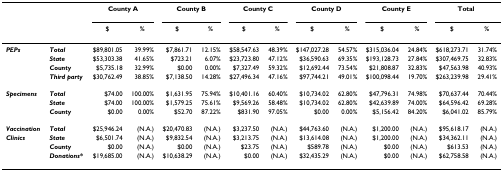
<table><thead><tr><td></td><td></td><td colspan="2"><b>County A</b></td><td colspan="2"><b>County B</b></td><td colspan="2"><b>County C</b></td><td colspan="2"><b>County D</b></td><td colspan="2"><b>County E</b></td><td colspan="2"><b>Total</b></td></tr><tr><td></td><td></td><td><b>$</b></td><td><b>%</b></td><td><b>$</b></td><td><b>%</b></td><td><b>$</b></td><td><b>%</b></td><td><b>$</b></td><td><b>%</b></td><td><b>$</b></td><td><b>%</b></td><td><b>$</b></td><td><b>%</b></td></tr></thead><tbody><tr><td><b><i>PEPs</i></b></td><td><b><i>Total</i></b></td><td>$89,801.05</td><td>39.99%</td><td>$7,861.71</td><td>12.15%</td><td>$58,547.63</td><td>48.39%</td><td>$147,027.28</td><td>54.57%</td><td>$315,036.04</td><td>24.84%</td><td>$618,273.71</td><td>31.74%</td></tr><tr><td></td><td><b><i>State</i></b></td><td>$53,303.38</td><td>41.65%</td><td>$723.21</td><td>6.07%</td><td>$23,723.80</td><td>47.12%</td><td>$36,590.63</td><td>69.35%</td><td>$193,128.73</td><td>27.84%</td><td>$307,469.75</td><td>32.83%</td></tr><tr><td></td><td><b><i>County</i></b></td><td>$5,735.18</td><td>32.99%</td><td>$0.00</td><td>0.00%</td><td>$7,327.49</td><td>59.32%</td><td>$12,692.44</td><td>73.54%</td><td>$21,808.87</td><td>32.83%</td><td>$47,563.98</td><td>40.93%</td></tr><tr><td></td><td><b><i>Third party</i></b></td><td>$30,762.49</td><td>38.85%</td><td>$7,138.50</td><td>14.28%</td><td>$27,496.34</td><td>47.16%</td><td>$97,744.21</td><td>49.01%</td><td>$100,098.44</td><td>19.70%</td><td>$263,239.98</td><td>29.41%</td></tr><tr><td><b><i>Specimens</i></b></td><td><b><i>Total</i></b></td><td>$74.00</td><td>100.00%</td><td>$1,631.95</td><td>75.94%</td><td>$10,401.16</td><td>60.40%</td><td>$10,734.02</td><td>62.80%</td><td>$47,796.31</td><td>74.98%</td><td>$70,637.44</td><td>70.44%</td></tr><tr><td></td><td><b><i>State</i></b></td><td>$74.00</td><td>100.00%</td><td>$1,579.25</td><td>75.61%</td><td>$9,569.26</td><td>58.48%</td><td>$10,734.02</td><td>62.80%</td><td>$42,639.89</td><td>74.00%</td><td>$64,596.42</td><td>69.28%</td></tr><tr><td></td><td><b><i>County</i></b></td><td>$0.00</td><td>0.00%</td><td>$52.70</td><td>87.22%</td><td>$831.90</td><td>97.05%</td><td>$0.00</td><td>0.00%</td><td>$5,156.42</td><td>84.20%</td><td>$6,041.02</td><td>85.79%</td></tr><tr><td><b><i>Vaccination</i></b></td><td><b><i>Total</i></b></td><td>$25,946.24</td><td>(N.A.)</td><td>$20,470.83</td><td>(N.A.)</td><td>$3,237.50</td><td>(N.A.)</td><td>$44,763.60</td><td>(N.A.)</td><td>$1,200.00</td><td>(N.A.)</td><td>$95,618.17</td><td>(N.A.)</td></tr><tr><td><b><i>Clinics</i></b></td><td><b><i>State</i></b></td><td>$6,501.74</td><td>(N.A.)</td><td>$9,832.54</td><td>(N.A.)</td><td>$3,213.75</td><td>(N.A.)</td><td>$13,614.08</td><td>(N.A.)</td><td>$1,200.00</td><td>(N.A.)</td><td>$34,362.11</td><td>(N.A.)</td></tr><tr><td></td><td><b><i>County</i></b></td><td>$0.00</td><td>(N.A.)</td><td>$0.00</td><td>(N.A.)</td><td>$23.75</td><td>(N.A.)</td><td>$589.78</td><td>(N.A.)</td><td>$0.00</td><td>(N.A.)</td><td>$613.53</td><td>(N.A.)</td></tr><tr><td></td><td><b><i>Donations*</i></b></td><td>$19,685.00</td><td>(N.A.)</td><td>$10,638.29</td><td>(N.A.)</td><td>$0.00</td><td>(N.A.)</td><td>$32,435.29</td><td>(N.A.)</td><td>$0.00</td><td>(N.A.)</td><td>$62,758.58</td><td>(N.A.)</td></tr></tbody></table>